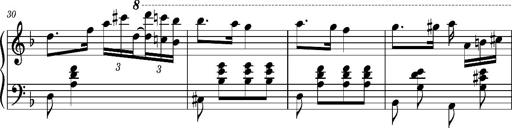
Title: Ungarischer Romanzero
Composer: Franz Liszt